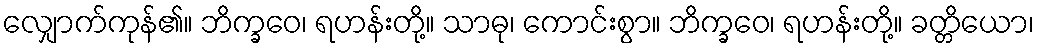
လျှောက်ကုန်၏။ ဘိက္ခဝေ၊ ရဟန်းတို့။ သာဓု၊ ကောင်းစွာ။ ဘိက္ခဝေ၊ ရဟန်းတို့။ ခတ္တိယော၊